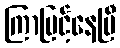
ကြာမြင့်နေပြီ